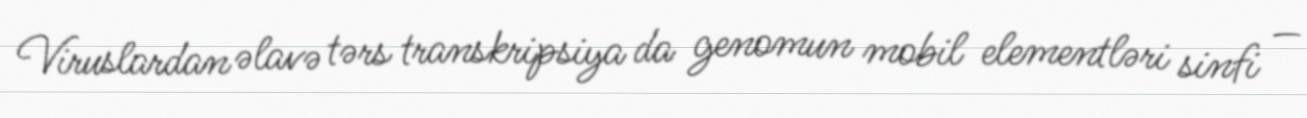
Viruslardan əlavə tərs transkripsiya da genomun mobil elementləri sinfi —